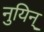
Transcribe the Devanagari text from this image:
नुयिन्